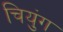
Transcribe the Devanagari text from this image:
चियुंग